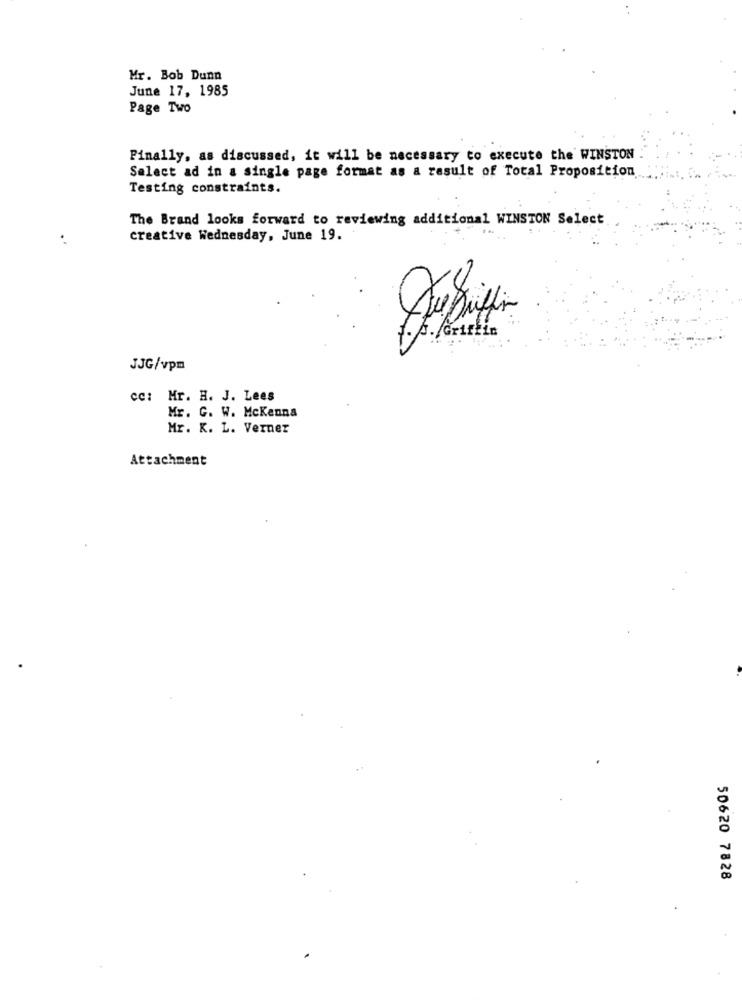
Mr. Bob Dunn
June 17, 1985
Page Two
Finally, as discussed, it will be necessary to execute the WINSTON
Select ad in a single page format as a result of Total Proposition
Testing constraints.
The Brand looks forward to reviewing additional WINSTON Select
...
creative Wednesday, June 19.
JJG/vpm
cc: Mr. H. J. Lees
Mr. G. W. McKenna
Mr. K. L. Verner
Attachment
50620 7828